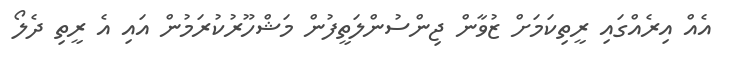
އެއް އިރެއްގައި ރީތިކަމަށް ޒުވާން ޖިންސުންލަތީފުން މަޝްހޫރުކުރަމުން އައި އެ ރީތި ދެލޯ